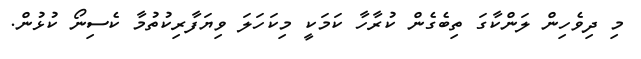
މި ދިވެހިން ލަންކާގަ ތިބެގެން ކުރާހާ ކަމަކީ މިކަހަލަ ވިޔަފާރިކުތުމާ ކެސިނޯ ކުޅުން.